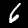
Digit: 6